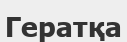
Гератқа